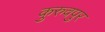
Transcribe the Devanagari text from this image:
कुरुवपुर